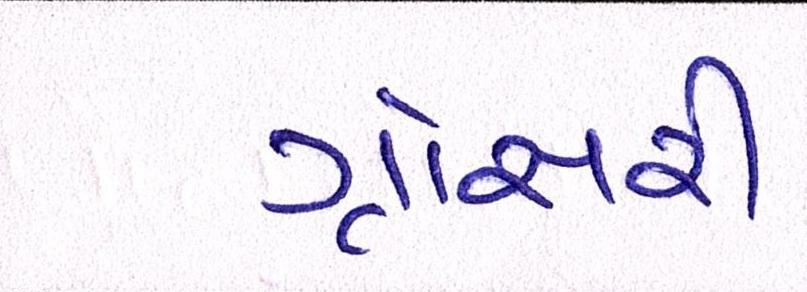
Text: ગ્રોસરી